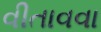
વીતાવવા